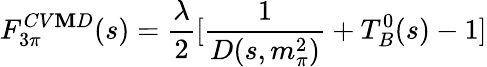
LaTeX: F_{3\pi}^{CV\mathbf{M}D}(s)=\frac{{\lambda}}{{2}}[\frac{{1}}{{D(s,m_{\pi}^{2})}}+T_{B}^{0}(s)-1]